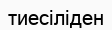
тиесіліден